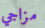
مزاجي